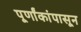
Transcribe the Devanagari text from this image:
पूर्णांकांपासून